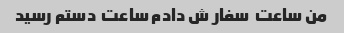
من ساعت  سفار ش دادم ساعت  دستم رسید